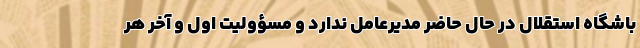
باشگاه استقلال در حال حاضر مدیرعامل ندارد و مسؤولیت اول و آخر هر